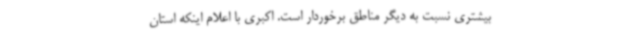
بیشتری نسبت به دیگر مناطق برخوردار است. اکبری با اعلام اینکه استان